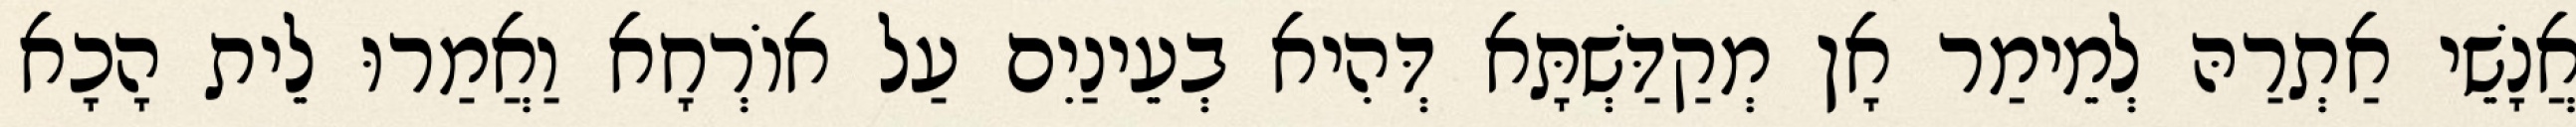
אֲנָשֵׁי אַתְרַהּ לְמֵימַר אָן מְקַדַּשְׁתָּא דְּהִיא בְעֵינַיִם עַל אוֹרְחָא וַאֲמַרוּ לֵית הָכָא